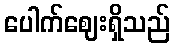
ပေါက်ဈေးရှိသည်